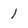
Character: 1